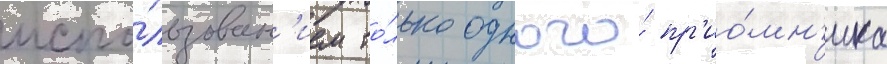
испо́льзован'ием то́лько одного́ пр'ио́мн'ика